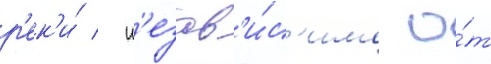
р'ек'и́ / н'езав'и́с'имо о́т